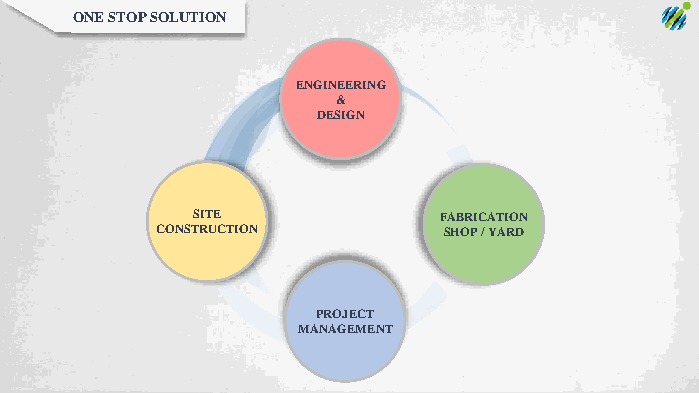
ONE STOP SOLUTION
 ENGINEERING
 &
 DESIGN
 SITE            FABRICATION
 CONSTRUCTION       SHOP / YARD
 PROJECT
 MANAGEMENT